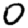
Digit: 0